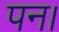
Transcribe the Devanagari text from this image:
पन।